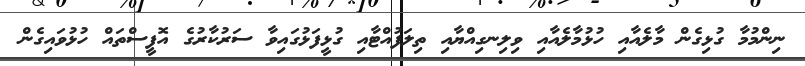
ނިންމުމާ ގުޅިގެން މާލެއާއި ހުޅުމާލެއާއި ވިލިނގިއްޔާއި ތިލަފުއްޓާއި ގުޅީފަޅުގައިވާ ސަރުކާރުގެ އޮފީސްތައް ހުޅުވައިގެން